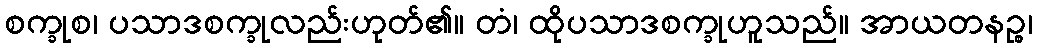
စက္ခုစ၊ ပသာဒစက္ခုလည်းဟုတ်၏။ တံ၊ ထိုပသာဒစက္ခုဟူသည်။ အာယတနဉ္စ၊